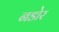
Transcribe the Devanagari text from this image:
नडोर